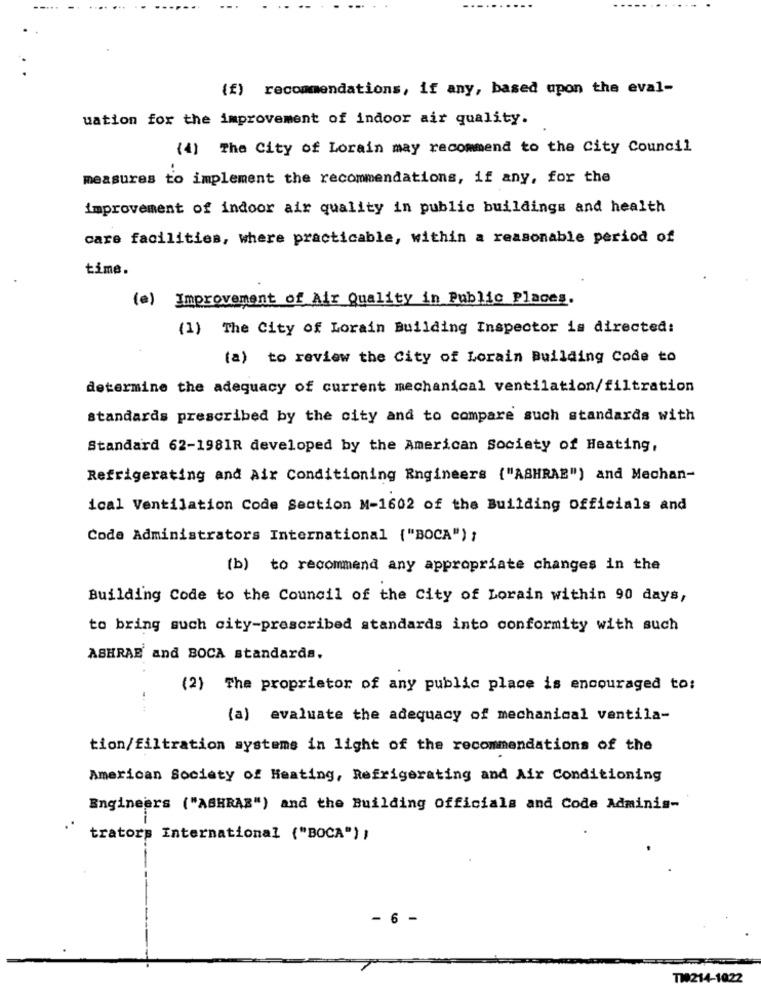
{f) recommendations, if any, based upon the eval-
uation for the improvement of indoor air quality.
(4) The City of Lorain may recommend to the City Council
measures to implement the recommendations, if any, for the
improvement of indoor air quality in public buildings and health
care facilities, where practicable, within a reasonable period of
time.
(e) Improvement of Air Quality in Public Places.
(1) The City of Lorain Building Inspector is directed:
(a) to review the City of Lorain Building Code to
determine the adequacy of current mechanical ventilation/filtration
standards prescribed by the city and to compare such standards with
Standard 62-1981R developed by the American Society of Heating,
Refrigerating and Air Conditioning Engineers {"ASHRAE") and Mechan-
ical Ventilation Code Section M-1602 of the Building officials and
Code Administrators International {"BOCA") ;
(b) to recommend any appropriate changes in the
Building Code to the Council of the City of Lorain within 90 days,
to bring such city-prescribed standards into conformity with such
ASHRAE and BOCA standards.
(2) The proprietor of any public place is encouraged to:
(a) evaluate the adequacy of mechanical ventila-
tion/filtration systems in light of the recommendations of the
American Society of Heating, Refrigerating and Air Conditioning
Engineers ("ASHRAE") and the Building Officials and Code Adminis-
trators International ("BOCA") ;
- 6 -
TW214-1022